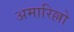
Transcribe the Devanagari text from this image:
अमारिल्लो